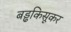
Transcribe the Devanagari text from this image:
बड्ढकिसूकर